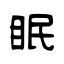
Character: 眠